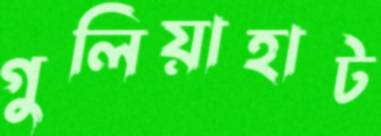
গুলিয়াহাট